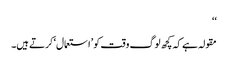
‘‘
مقولہ ہے کہ کچھ لوگ وقت کو ’استعمال‘ کرتے ہیں۔